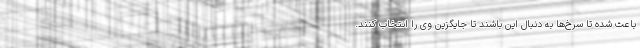
باعث شده تا سرخ‌ها به دنبال این باشند تا جایگزین وی را انتخاب کنند.